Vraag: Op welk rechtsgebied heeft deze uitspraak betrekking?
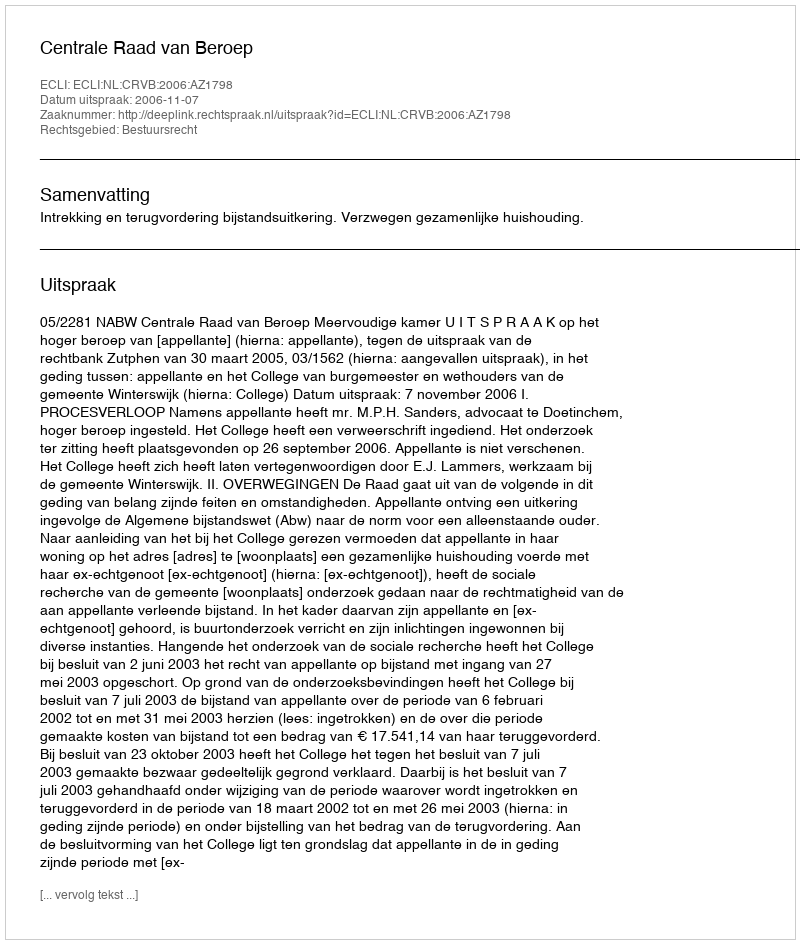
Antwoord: Bestuursrecht